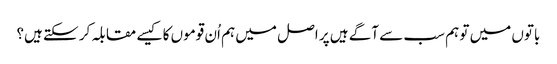
باتوں میں تو ہم سب سے آگے ہیں پر اصل میں ہم اُن قوموں کا کیسے مقابلہ کر سکتے ہیں؟